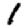
Digit: 1